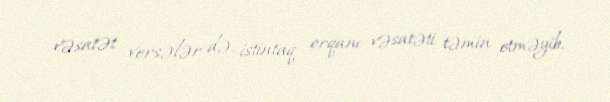
vəsatət versələr də, istintaq orqanı vəsatəti təmin etməyib.